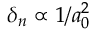
\delta _ { n } \propto 1 / a _ { 0 } ^ { 2 }